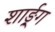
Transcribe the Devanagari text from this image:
शार्ङ्र्ग